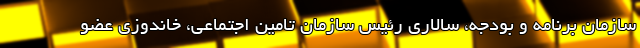
سازمان برنامه و بودجه، سالاری رئیس سازمان تامین اجتماعی، خاندوزی عضو